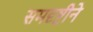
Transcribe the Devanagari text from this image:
समदृष्टीने